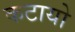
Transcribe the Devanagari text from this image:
कटायो